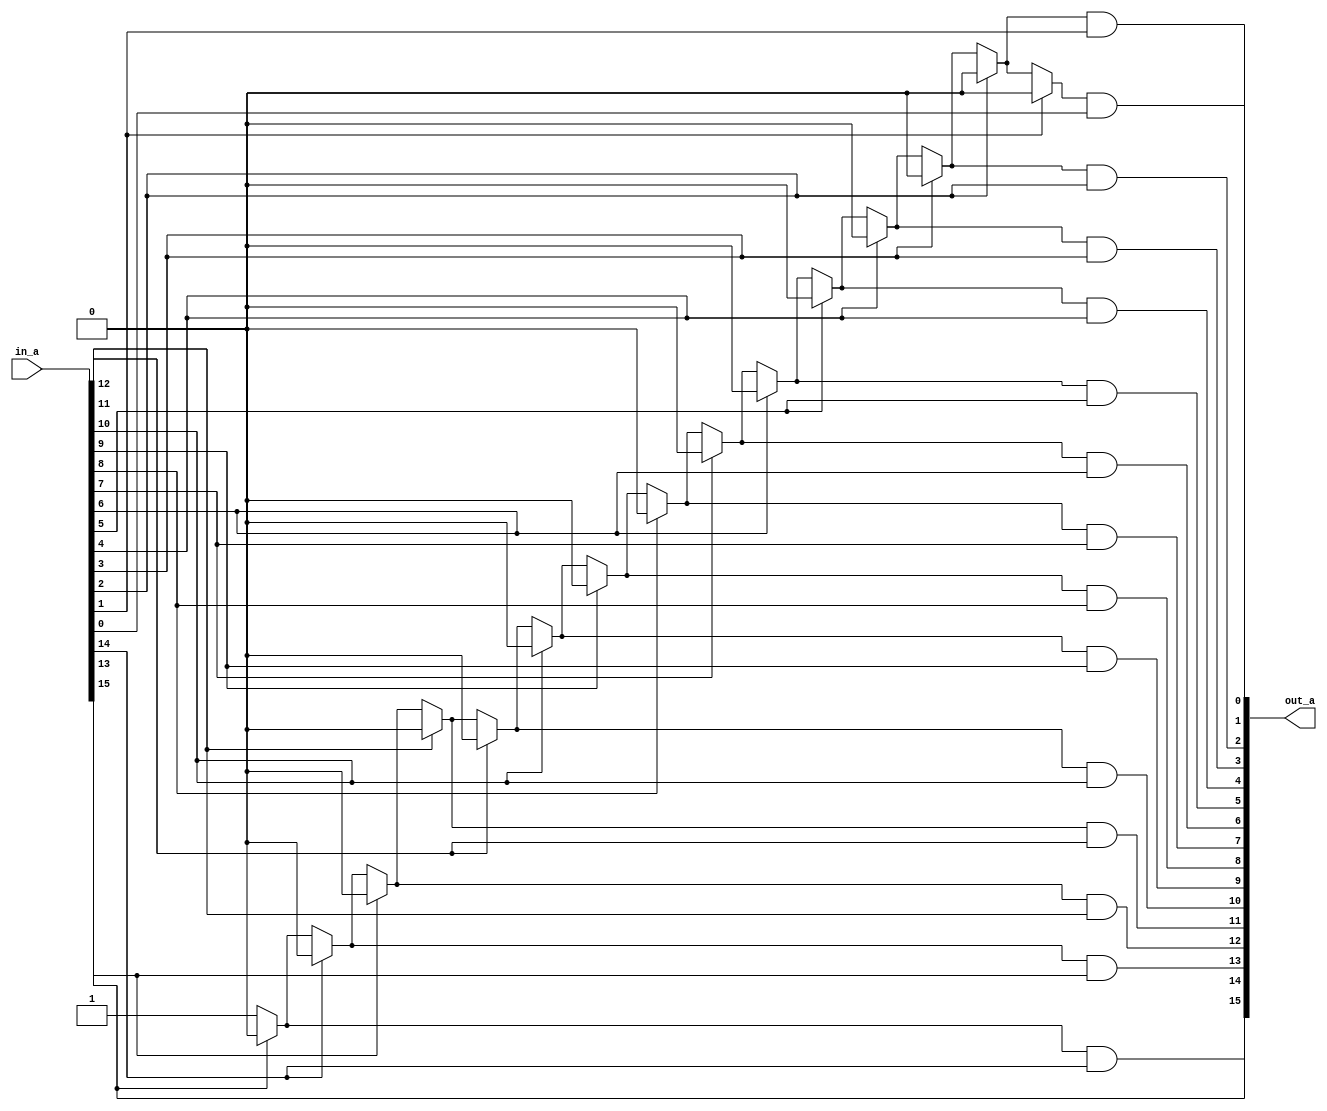
module LEADING_ONE_BIT #(parameter N=16) (in_a, out_a);
    input [N-1:0] in_a;
    output reg [N-1:0] out_a;
    integer k;
    reg [N-1:0]w;
    always @ (*) begin
        out_a[N-1]=in_a[N-1];
        w[N-1]=in_a[N-1]?0:1;
        for (k=N-2;k>=0;k=k-1) begin
            w[k]=in_a[k]?0:w[k+1];
            out_a[k]=w[k+1]&in_a[k];
        end
    end
endmodule